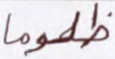
ظلوما